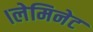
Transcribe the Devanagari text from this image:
।लेमिनेट